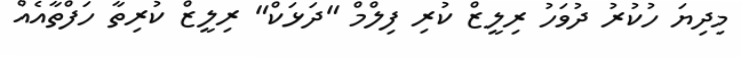
މިދިޔަ ހުކުރު ދުވަހު ރިލީޒް ކުރި ފިލްމް "ދަޅަކް" ރިލީޒް ކުރިތާ ހަފްތާއެއް